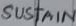
Text: SUSTAIN